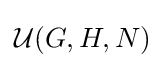
{\mathcal {U}}(G,H,N)